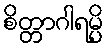
စိတ္တာဂါရမ္ပိ